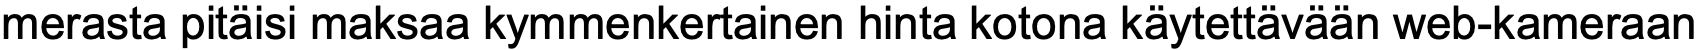
merasta pitäisi maksaa kymmenkertainen hinta kotona käytettävään web-kameraan